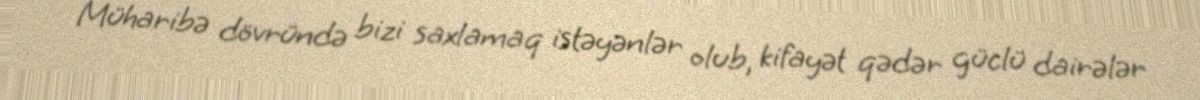
Müharibə dövründə bizi saxlamaq istəyənlər olub, kifayət qədər güclü dairələr